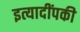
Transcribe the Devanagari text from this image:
इत्यादींपकी